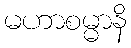
မဟာစမ္မာနိ